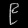
Digit: ၉